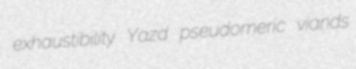
exhaustibility Yazd pseudomeric viands